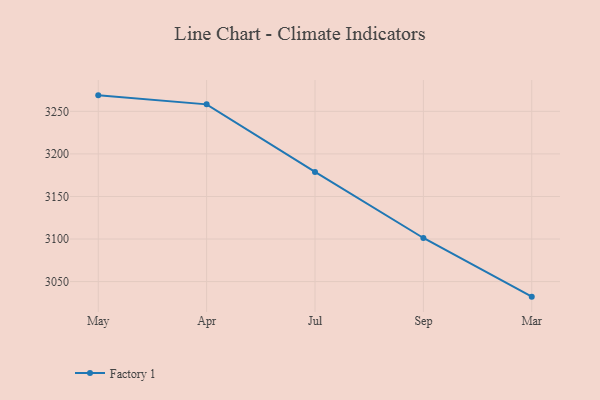
{"axis": {"x": "Month", "y": "Waste Production (Tons)"}, "legend": ["Factory 1"], "data": [{"x": "May", "y": 3268.8, "type": "Factory 1"}, {"x": "Apr", "y": 3258.2, "type": "Factory 1"}, {"x": "Jul", "y": 3178.8, "type": "Factory 1"}, {"x": "Sep", "y": 3101.2, "type": "Factory 1"}, {"x": "Mar", "y": 3032.3, "type": "Factory 1"}]}